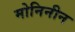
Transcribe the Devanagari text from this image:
मोनिनीन